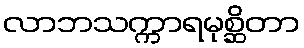
လာဘသက္ကာရမုစ္ဆိတာ